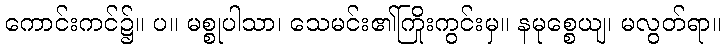
ကောင်းကင်၌။ ပ။ မစ္စုပါသာ၊ သေမင်း၏ကြိုးကွင်းမှ။ နမုစ္စေယျ၊ မလွတ်ရာ။